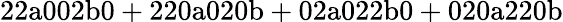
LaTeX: \mathrm{22a002b0+220a020b+02a022b0+020a220b}